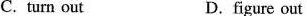
C. turn put D.figure out